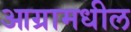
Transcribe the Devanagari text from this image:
आग्रामधील